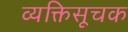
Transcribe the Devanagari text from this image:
व्यक्तिसूचक